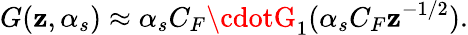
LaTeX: G(\mathbf{z},\alpha_{s})\approx\alpha_{s}C_{F}\cdotG_{1}(\alpha_{s}C_{F}\mathbf{z}^{-1/2}).